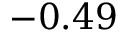
- 0 . 4 9